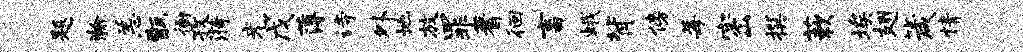
题瀚恙甑衙孜漪光戊薄诗外地放罪蓍徊畜蛾背傍莓密撰蔌埃翅箴情